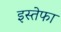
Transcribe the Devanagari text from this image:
इस्तेफा